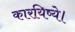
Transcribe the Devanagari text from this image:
कारयिष्ये।